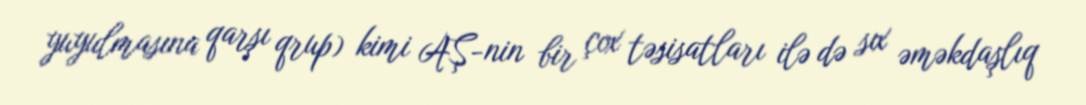
yuyulmasına qarşı qrup) kimi AŞ-nin bir çox təsisatları ilə də sıx əməkdaşlıq